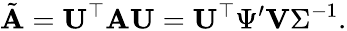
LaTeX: \tilde{\mathbf{A}}=\mathbf{U}^{\top}\mathbf{A}\mathbf{U}=\mathbf{U}^{\top}\Psi^{\prime}\mathbf{V}\Sigma^{-1}.